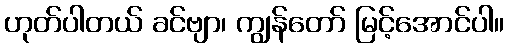
ဟုတ်ပါတယ် ခင်ဗျာ၊ ကျွန်တော် မြင့်အောင်ပါ။